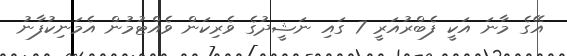
އޭގެ މާނަ އަކީ ފެބްރުއަރީ 7 ގައި ނަޝީދުގެ ވެރިކަން ވެއްޓުމުން އެމަނިކުފާނު